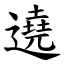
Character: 遶